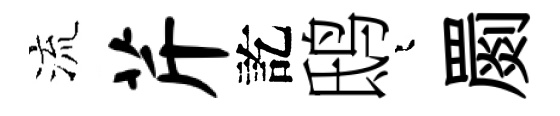
流芹訖鸱迢罽